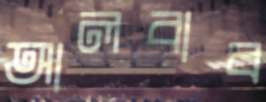
আলবাব